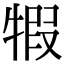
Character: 犌